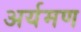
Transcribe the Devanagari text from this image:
अर्यमण